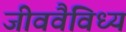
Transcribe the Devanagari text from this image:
जीववैविध्य